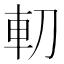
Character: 𠜥